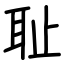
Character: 耻